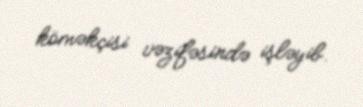
köməkçisi vəzifəsində işləyib.